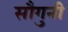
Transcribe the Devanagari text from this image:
सौगुनी